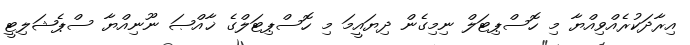
އިރާދަކުރެއްވިއްޔާ މި ހޮސްޕިޓަލް ނިމިގެން ދިޔައީމަ މި ހޮސްޕިޓަލްގެ ޚާއްޞަ ނޫނިއްޔާ ސްޕެޝަލިޓީ